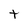
Character: t